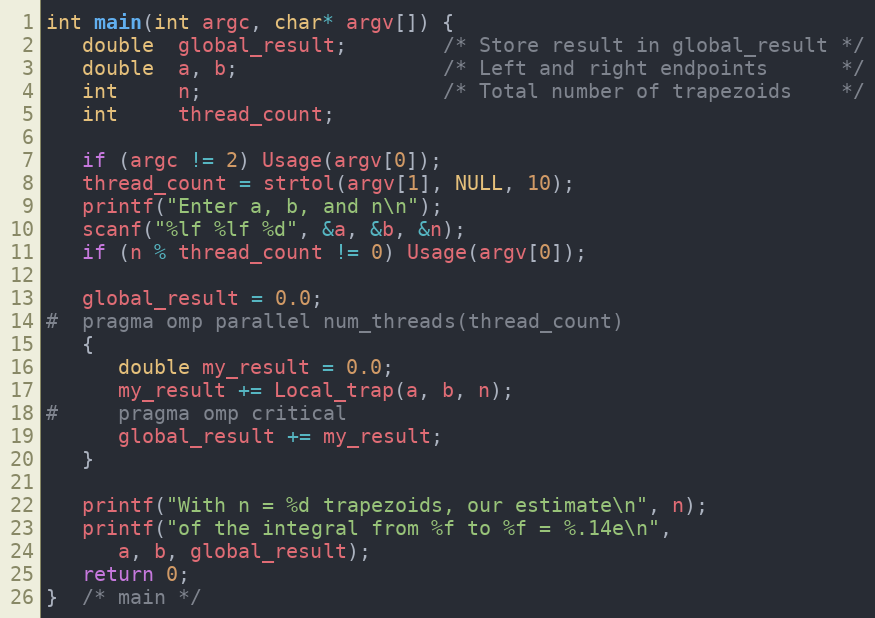
Language: C
int main(int argc, char* argv[]) {
   double  global_result;        /* Store result in global_result */
   double  a, b;                 /* Left and right endpoints      */
   int     n;                    /* Total number of trapezoids    */
   int     thread_count;

   if (argc != 2) Usage(argv[0]);
   thread_count = strtol(argv[1], NULL, 10);
   printf("Enter a, b, and n\n");
   scanf("%lf %lf %d", &a, &b, &n);
   if (n % thread_count != 0) Usage(argv[0]);

   global_result = 0.0;
#  pragma omp parallel num_threads(thread_count)
   {
      double my_result = 0.0;
      my_result += Local_trap(a, b, n);
#     pragma omp critical
      global_result += my_result;
   }

   printf("With n = %d trapezoids, our estimate\n", n);
   printf("of the integral from %f to %f = %.14e\n",
      a, b, global_result);
   return 0;
}  /* main */